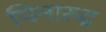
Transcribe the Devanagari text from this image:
पिनारुद्र